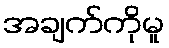
အချက်ကိုမူ